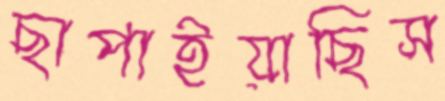
ছাপাইয়াছিস